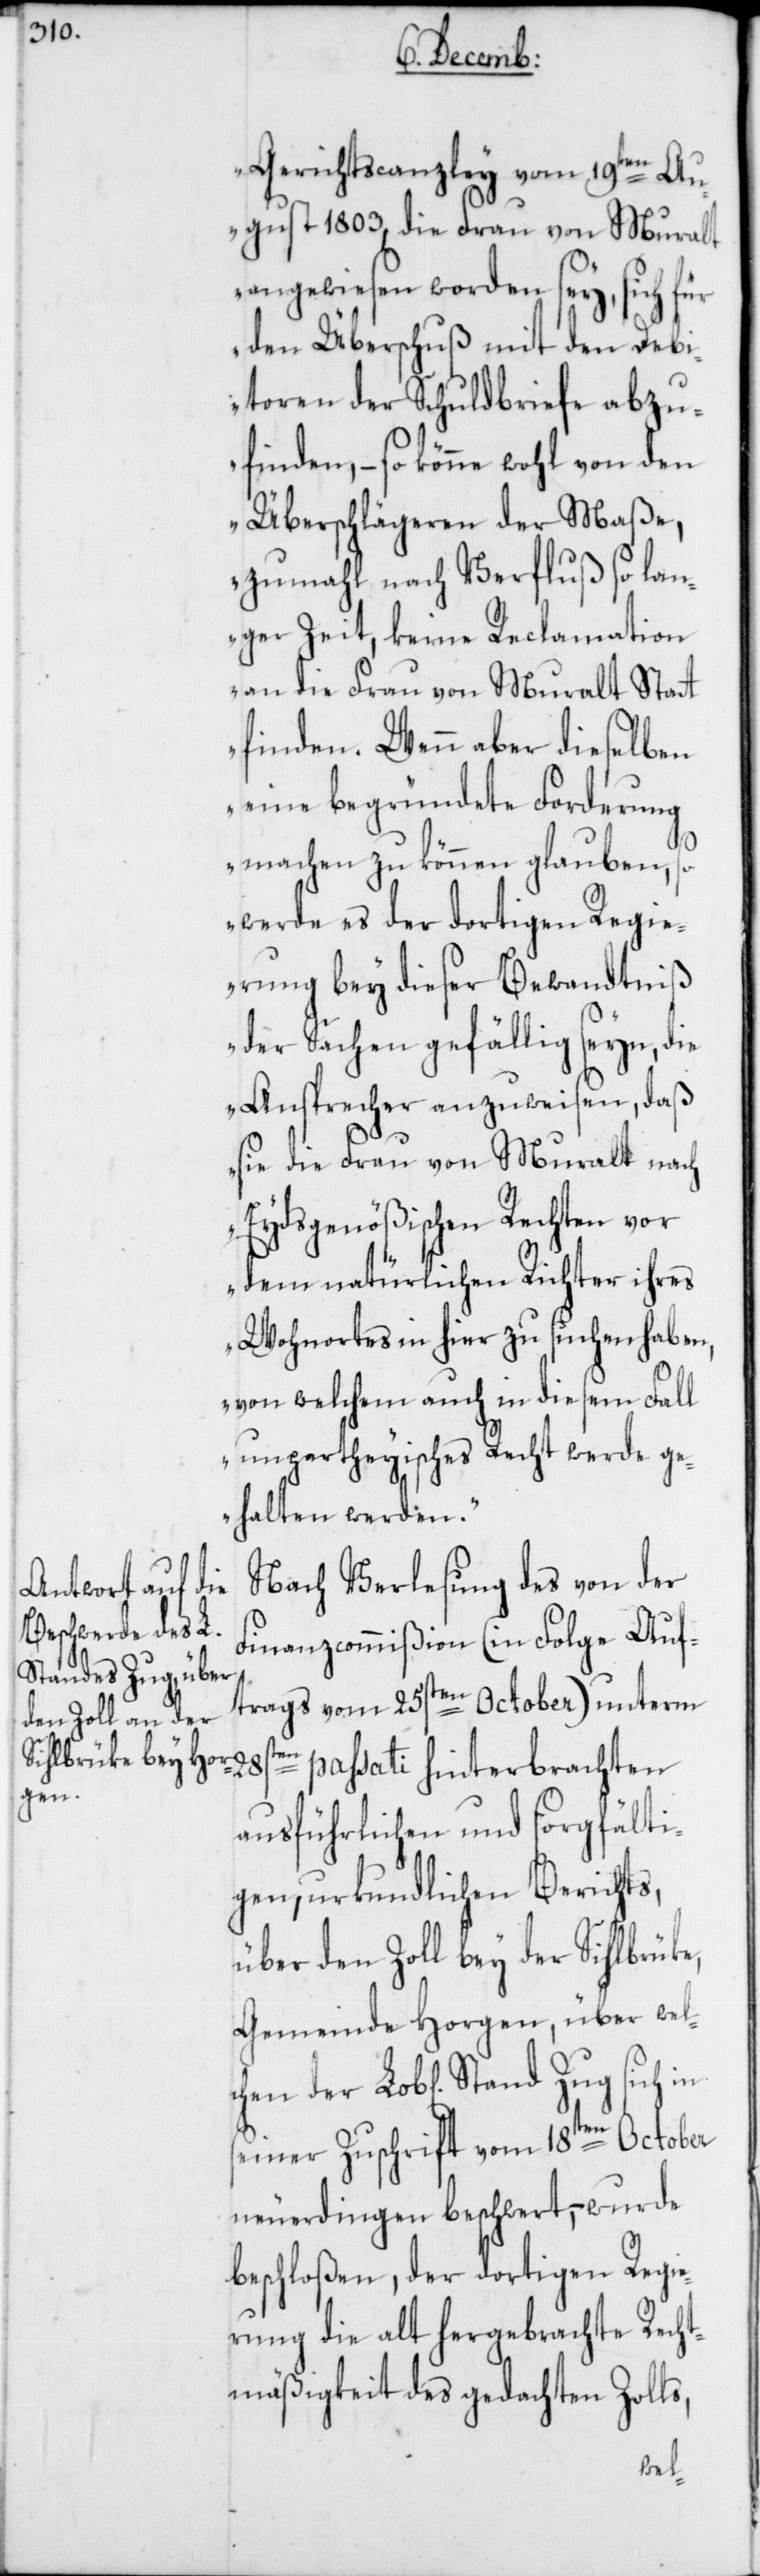
Gerichtscanzley vom 19ten Au¬
gust 1803, die Frau von Muralt
angewiesen worden sey, sich für
den Überschuß mit den Deb¬
itoren der Schuldbriefe abzu¬
finden, – so könne wohl von den
Überschlägeren der Maße,
zumahl nach Verfluß so lan¬
ger Zeit, keine Reclamation
an die Frau von Muralt Statt
finden. Wenn aber dieselben
eine begründete Forderung
machen zu können glauben, so
werde es der dortigen Regie¬
rung bey dieser Bewandtniß
der Sachen gefällig seyn, die
Ansprecher anzuweisen, daß
sie die Frau von Muralt nach
Eydsgenößischen Rechten vor
dem natürlichen Richter ihres
Wohnortes in hier zu suchen haben,
von welchem auch in diesem Fall
unpartheyisches Recht werde ge¬
halten werden.“
Nach Verlesung des von der
Finanzcommißion (in Folge Auf¬
trags vom 25sten October) unterm
28sten passati hinterbrachten
chen
ausführlichen und sorgfälti¬
gen, urkundlichen Berichts,
über den Zoll bey der Sihlbrüke,
Gemeinde Horgen, über wel¬
seiner Zuschrift vom 18ten October
neuerdingen beschwert, – wurde
beschloßen, der dortigen Regie¬
rung die alt hergebrachte Recht¬
mäßigkeit des gedachten Zolls,